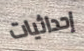
إحداثيات